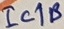
Text: IC1B